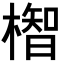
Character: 𪳲